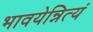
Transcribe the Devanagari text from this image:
भावयेन्नित्यं